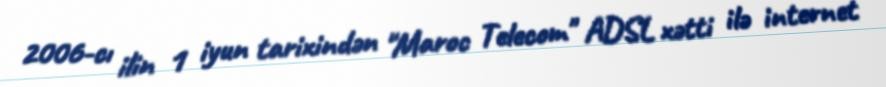
2006-cı ilin 1 iyun tarixindən "Maroc Telecom" ADSL xətti ilə internet